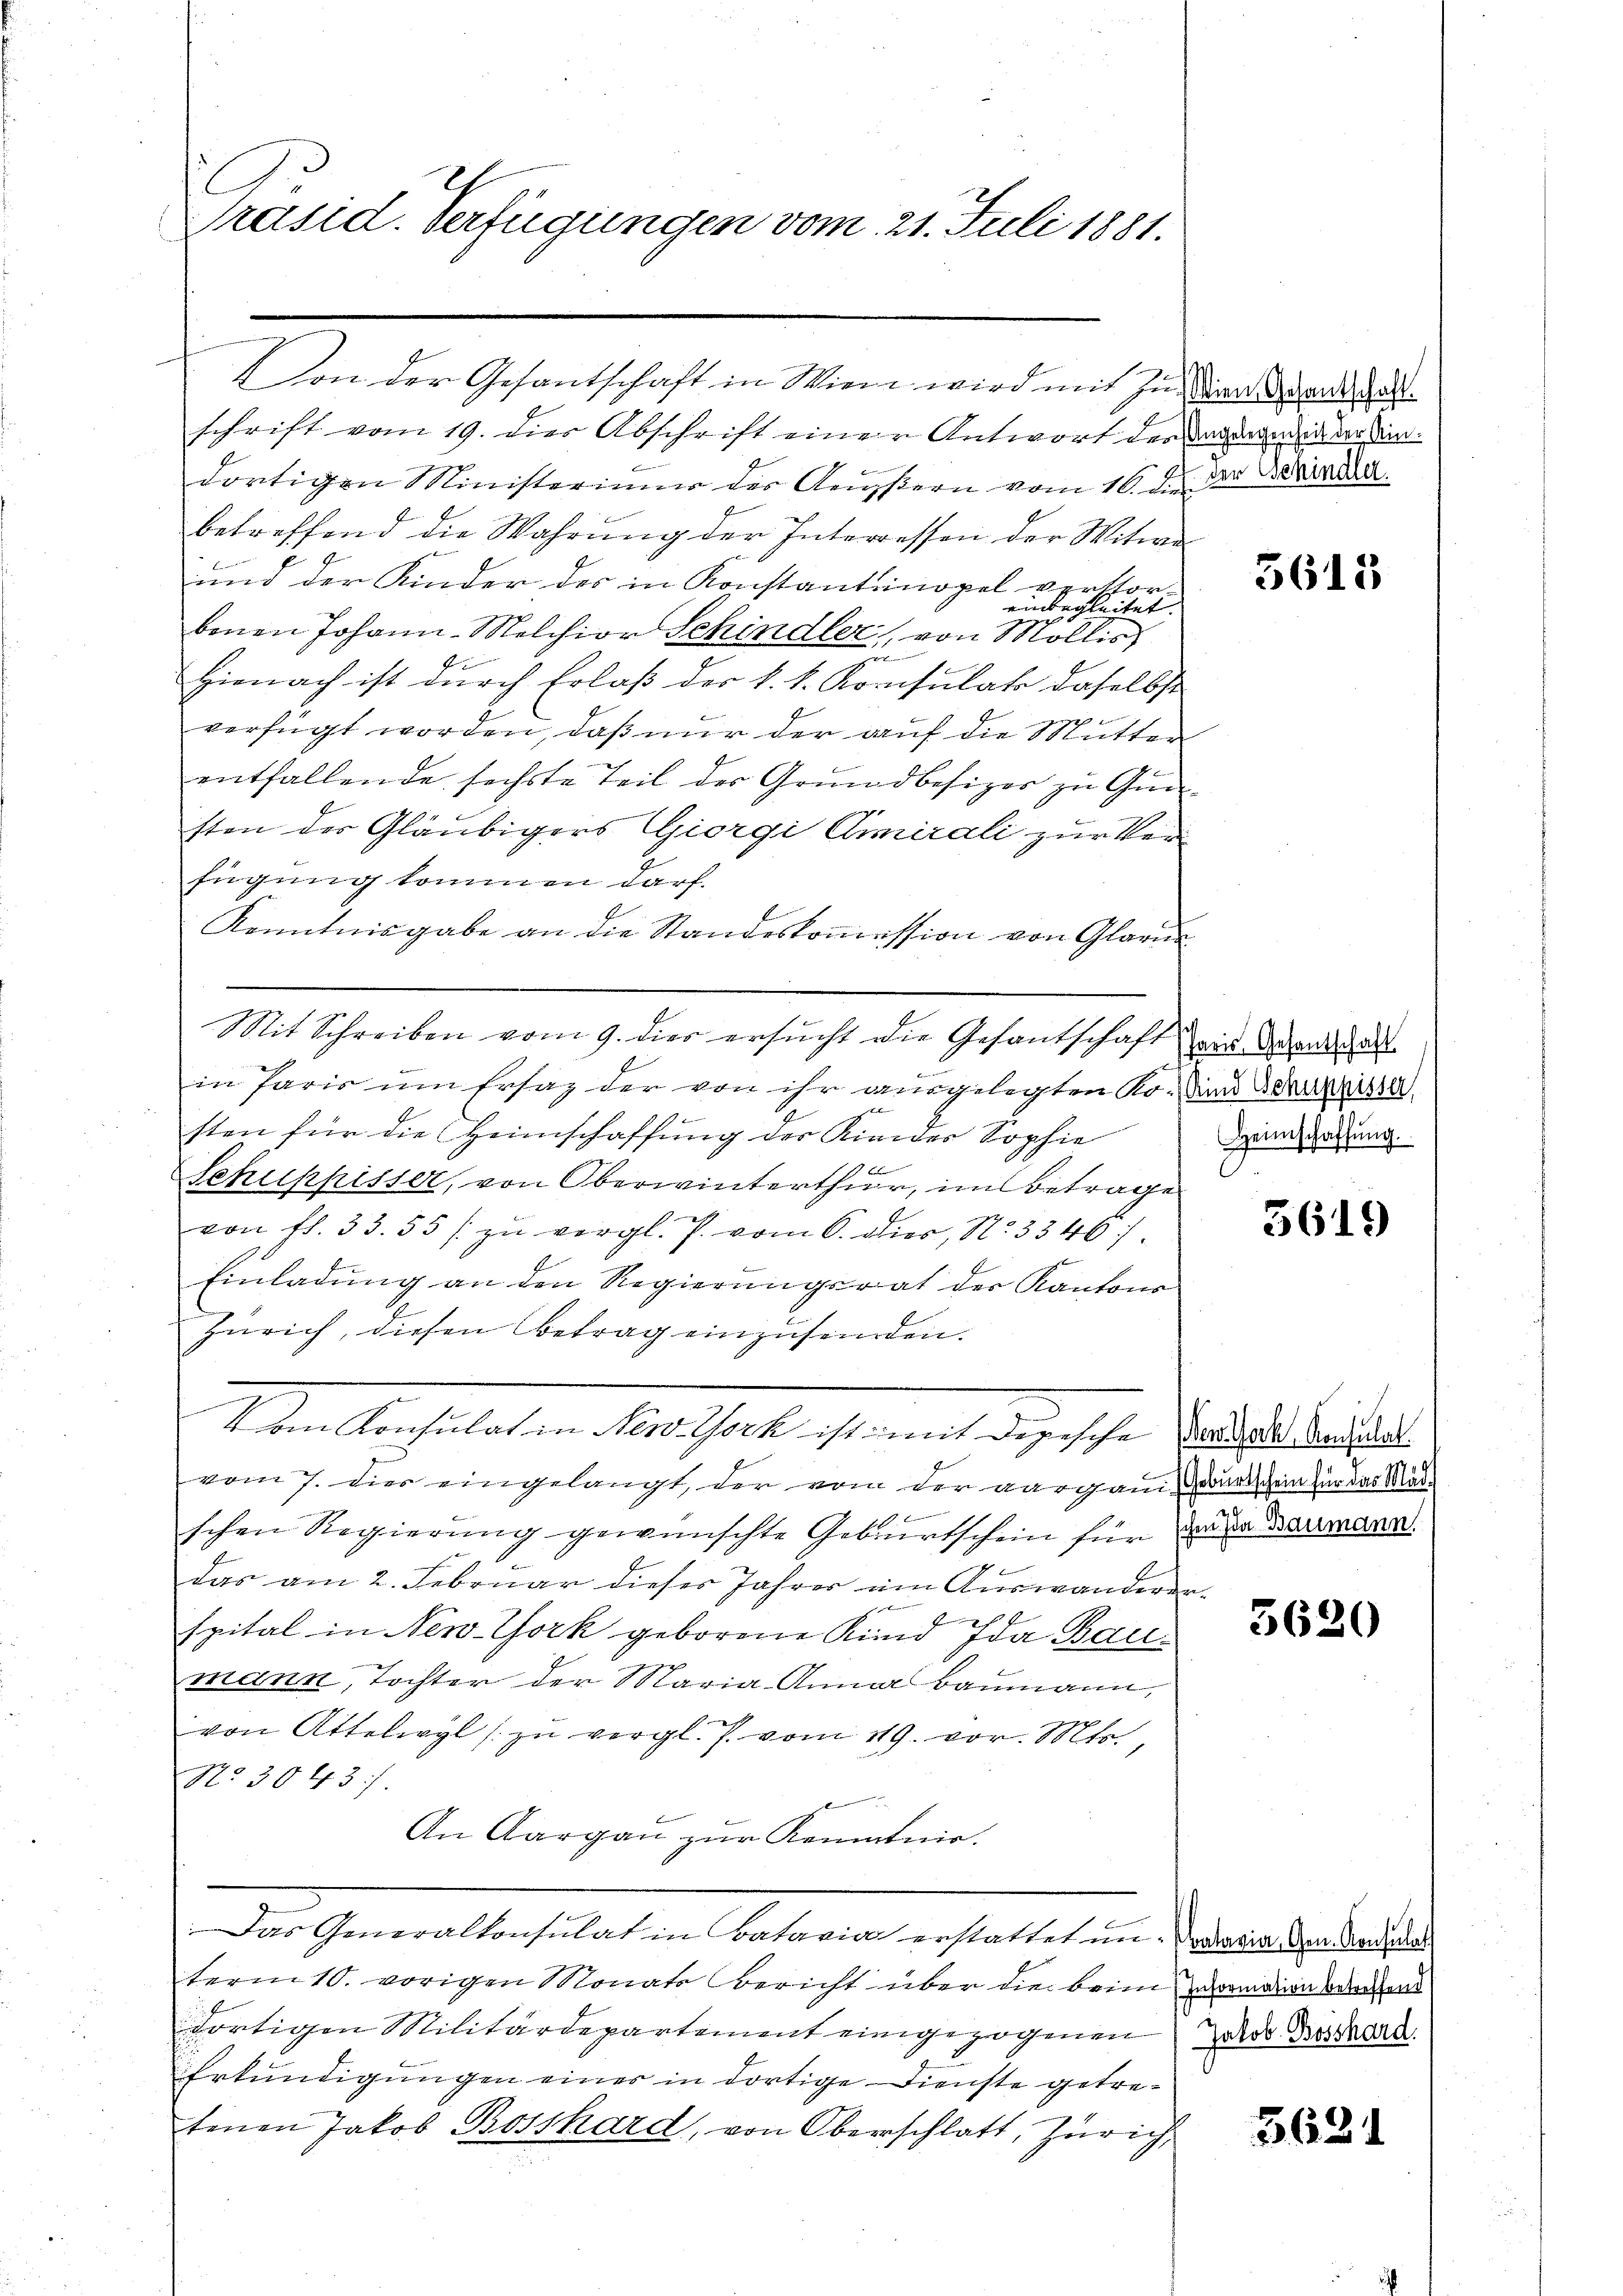
Präsid. Verfügungen vom 21. Juli 1881.

schrift vom 19. dies Abschrift einer Antwort der damanden an sein.
dortigen Ministerium der Aussern vom 10. d. des
betreffend die Wahrŭng der Interressen der Witwe
und der Kinder des in Konstantinopel verthor-
einbegleitet. |
benen Johann-Melchior Schindler, von Mollis,
Hienach ist durch Erlaß der k. k. Konsulat daselbst
2
verfügt worden, daß nur der auf die Mutter
entfallende sechste Teil der Grŭndbesizer zu Gun-
sten der Gläubigers Giorgi Amirali zur Verfügung kommen darf.
Kenntnisgabe an die Standeskommession von Glarus
Mit Schreiben vom 9. dies ersucht die Gesantschaft wir dann da
in Paris um Ersatz der von ihr ausgelegten Ko- und Ackerisse
sten für die Heimschaffung der Kinder Sophie
Schuppisser, von Oberwinterthur, im Betrage
1
von fl. 33. 55 / zu vergl. J. vom 6. Dier, N. 3346).
g
Einladung an den Regierungsrat der Kantons
Zürich, diesen Betrag einzusenden.
Ien Archiaten Menschaft, sie man die siche Forden der hie
vom 7. dies eingelangt, der von der aargann wurdschein für das Musschen Regierung gewünschte Geburtschein für der Baumann

das am 2. Februar dieses Jahres im Auswanderer¬
.
E
spital in New York geborene Kind Ida Baumann, Tochter der Maria Anna Baumann,
von Attelwyl zŭ vergl. J. vom 119. vor. Mts.,
No. 30437.
An Aargau zur Kenntnie.
Das Generalkonsulat in Patasia erstattet um. Dracia dem Mandenden
term 10. vorigen Monats Bericht über die beim vormann sehend
dortigen Militärdepartement eingezogenen Zalde Bossard
Erkundigungen eines in dortige Dienste getretenen Jakob Bosshard, von Oberschlatt, Zürich,

Von der Gesantschaft in Wien wird mit zu in des Gast¬

3615

Heimschaffŭng.

3619)

u

3620

3621